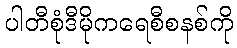
ပါတီစုံဒီမိုကရေစီစနစ်ကို